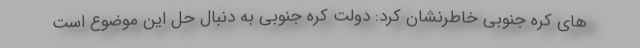
های کره جنوبی خاطرنشان کرد: دولت کره جنوبی به دنبال حل این موضوع است